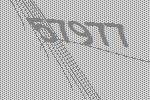
57977